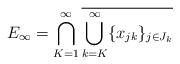
LaTeX: \begin{align*}E_{\infty}=\bigcap_{K=1}^{\infty}\overline{\bigcup_{k= K}^{\infty} \{x_{jk}\}_{j\in J_{k}}}\end{align*}